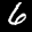
Label: 6